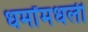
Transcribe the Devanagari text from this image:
धर्मांमधली